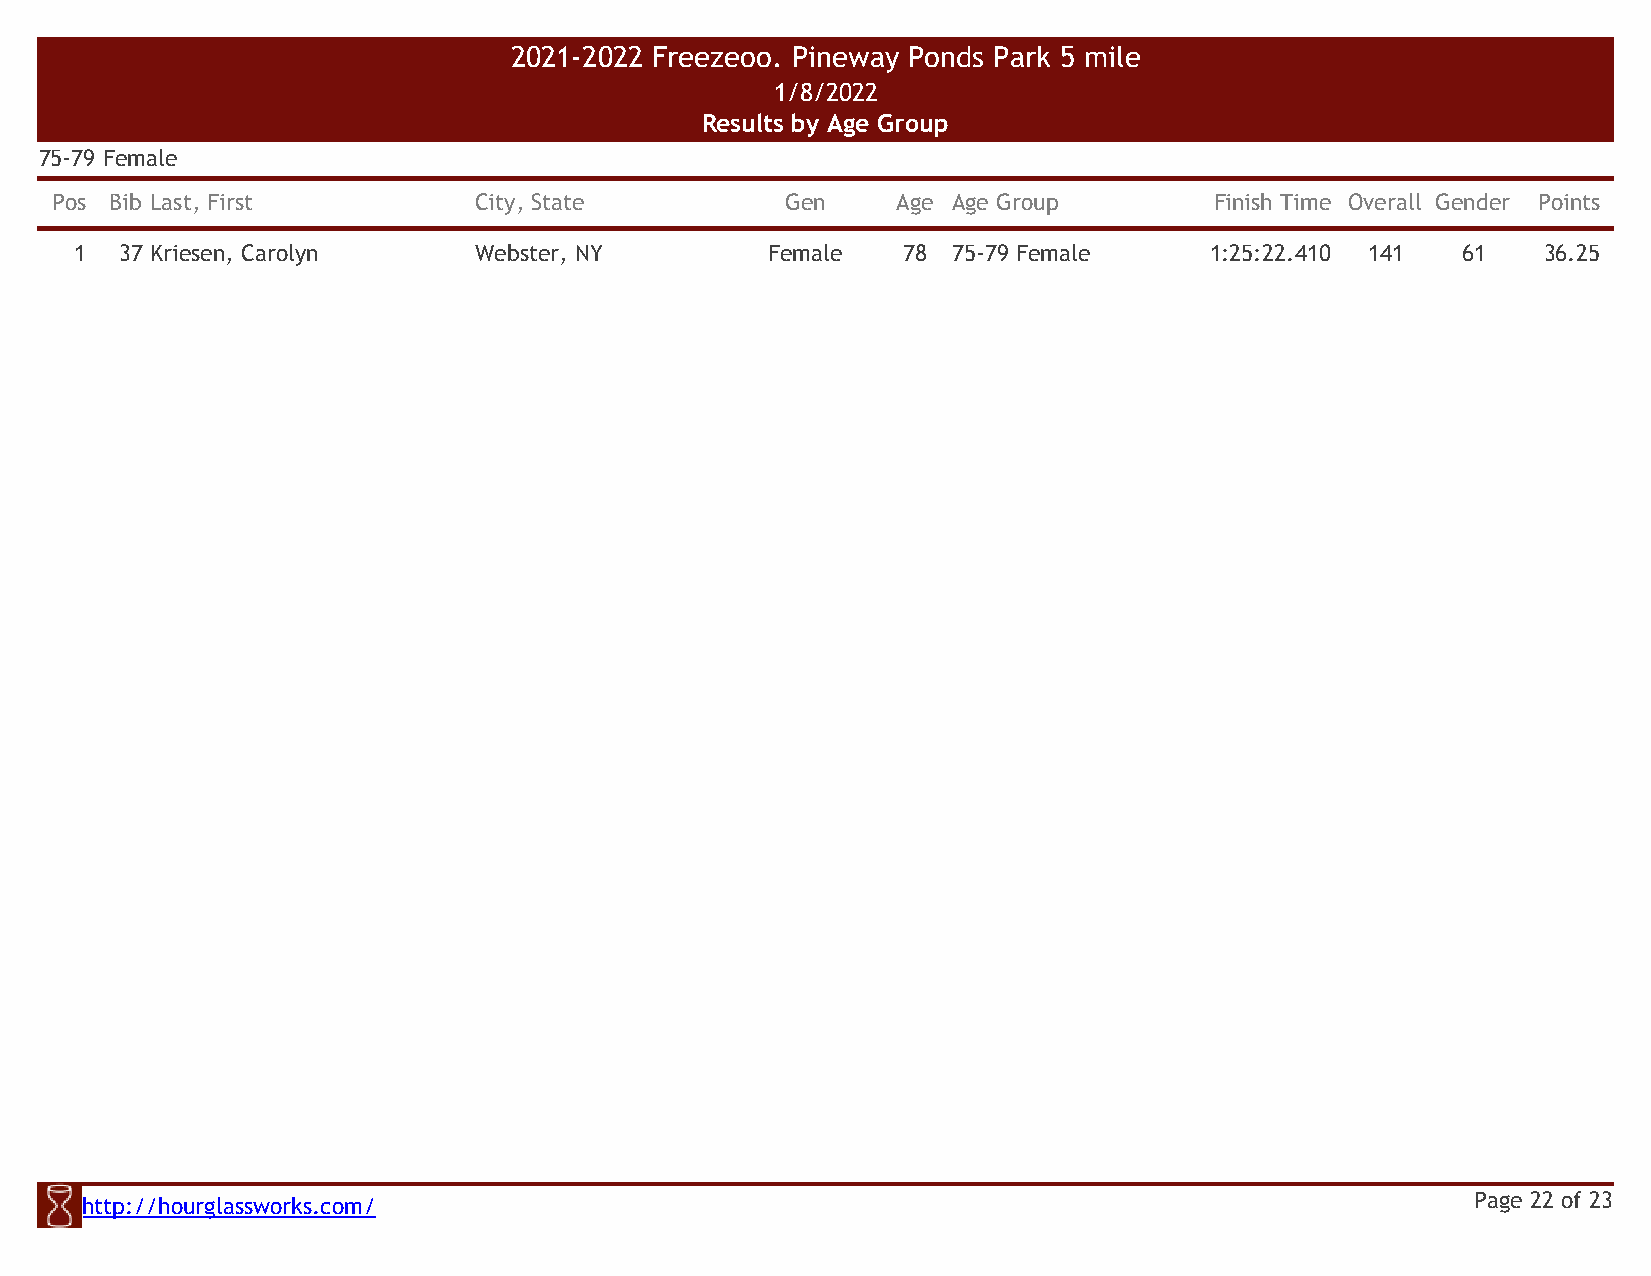
2021-2022 Freezeoo. Pineway Ponds Park 5 mile
 1/8/2022
 Results by Age Group
 75-79 Female
 Pos Bib Last, First         City, State          Gen    Age Age Group        Finish Time Overall Gender Points
 1  37 Kriesen, Carolyn    Webster, NY         Female   78 75-79 Female     1:25:22.410 141  61   36.25
 http://hourglassworks.com/                                                                   Page 22 of 23